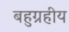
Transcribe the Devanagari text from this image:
बहुग्रहीय